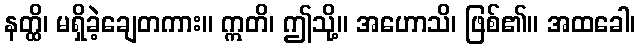
နတ္ထိ၊ မရှိခဲ့ချေတကား။ ဣတိ၊ ဤသို့။ အဟောသိ၊ ဖြစ်၏။ အထခေါ၊